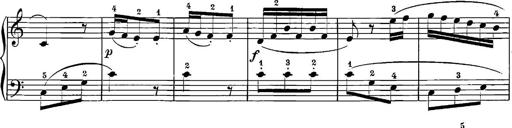
Title: 12 Sonatinas
Composer: Ignaz Pleyel